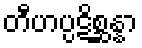
တီဟပ္ပဋိစ္ဆန္နာ